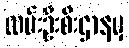
လမ်းဦးစီးဌာနမှ